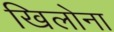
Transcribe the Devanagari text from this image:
खिलोना